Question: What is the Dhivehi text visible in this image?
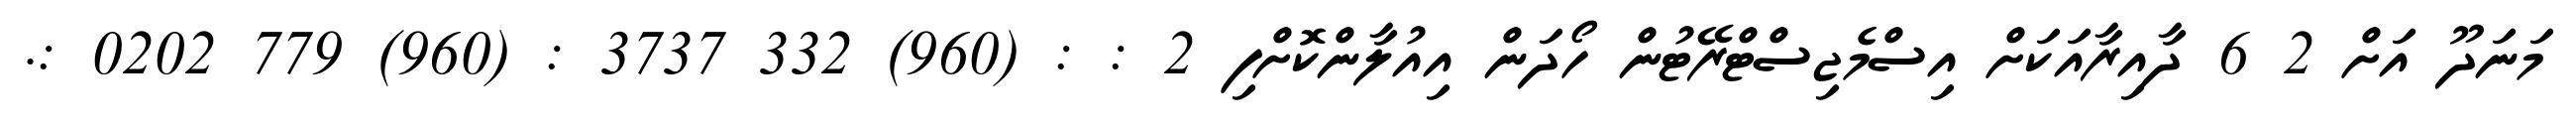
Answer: މަނަދޫ އަށް 2 6 ދާއިރާއަކަށް އިސްމެޖިސްޓްރޭޓުން ހޯދަން އިއުލާންކޮށްފި 2 : : (960) 332 3737 : (960) 779 0202 :.